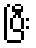
ပြီး